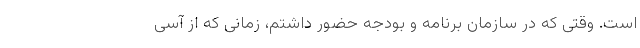
است. وقتی که در سازمان برنامه و بودجه حضور داشتم، زمانی که از آسی